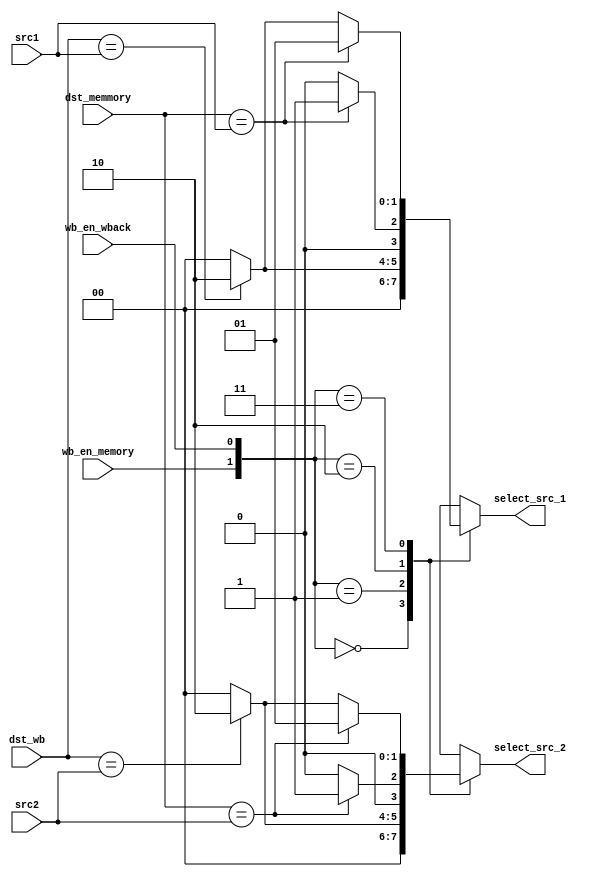
module ForwardingUnit (
	input[3:0] dst_memmory, 
	input[3:0] dst_wb,
	input[3:0] src1,
	input[3:0] src2,
	input wb_en_memory, 
	input wb_en_wback, 
  
	output reg[1:0] select_src_1 = 2'd0,
	output reg[1:0] select_src_2 = 2'd0
);

	always @(*) begin
		select_src_1 = 2'd0;
		select_src_2 = 2'd0;
		case({wb_en_memory, wb_en_wback})
			2'b00 : begin
				select_src_1 = 2'd0;
				select_src_2 = 2'd0;
			end
			2'b01 : begin
				if(dst_wb == src1)
					select_src_1 = 2'd2;
				if(dst_wb == src2)
					select_src_2 = 2'd2;
			end
			2'b10 : begin
				if(dst_memmory == src1)
					select_src_1 = 2'd1;
				if(dst_memmory == src2)
					select_src_2 = 2'd1;
			end
			2'b11 : begin
				if(dst_memmory == src1)
					select_src_1 = 2'd1;
				else if(dst_wb == src1)
					select_src_1 = 2'd2;

				if(dst_memmory == src2)
					select_src_2 = 2'd1;
				else if(dst_wb == src2)
					select_src_2 = 2'd2;
			end
			default : begin
				select_src_1 = 2'd0;
				select_src_2 = 2'd0;
			end
		endcase

	end
endmodule